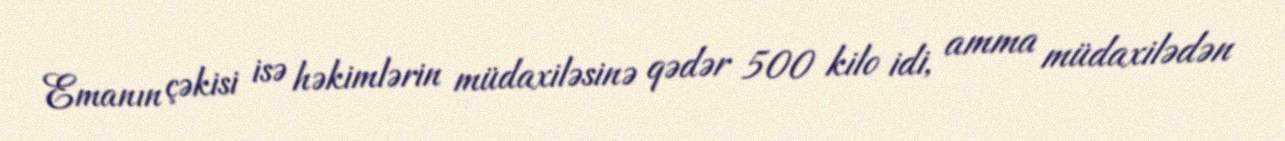
Emanın çəkisi isə həkimlərin müdaxiləsinə qədər 500 kilo idi, amma müdaxilədən